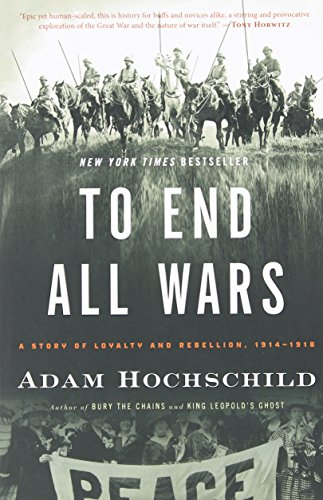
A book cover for To End All Wars: A Story of Loyalty and Rebellion, 1914-1918; Adam Hochschild; History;